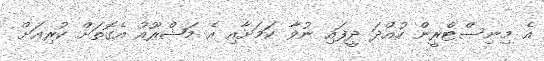
އެ މިނިސްޓްރީން ހުއްދަ ދީފައި ނުވާ ކަމަށާއި އެ މަޝްރޫއު އެގޮތަށް ކުރިއަށް